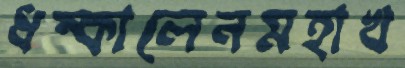
ধম্‌কালেনমহাখ